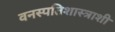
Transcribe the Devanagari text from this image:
वनस्पतिशास्त्राशी